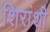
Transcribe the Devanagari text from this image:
शिरांशी